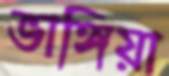
ভাঙ্গিয়া